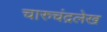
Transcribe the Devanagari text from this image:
चारुचंद्रलेख